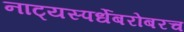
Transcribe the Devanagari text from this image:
नाट्यस्पर्धेबरोबरच